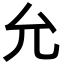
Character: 允